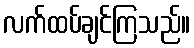
လက်ထပ်ချင်ကြသည်။